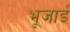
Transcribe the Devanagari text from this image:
भूजाई